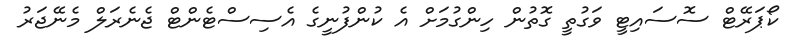
ކޯޕަރޭޓް ސޮސައިޓީ ވަގުތީ ގޮތުން ހިންގުމަށް އެ ކުންފުނީގެ އެސިސްޓެންޓް ޖެނެރަލް މެނޭޖަރު